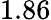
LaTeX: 1.86